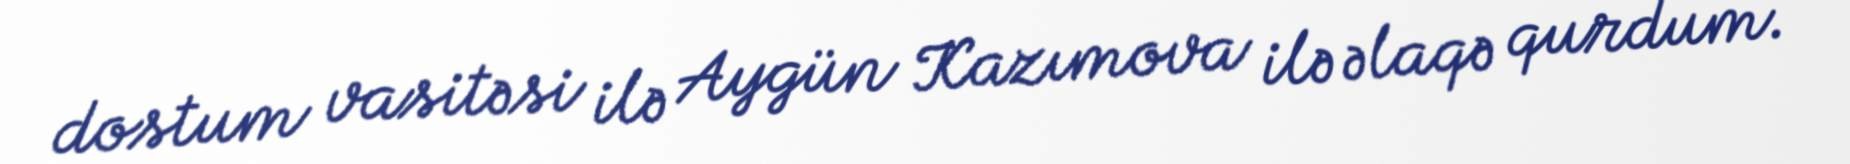
dostum vasitəsi ilə Aygün Kazımova ilə əlaqə qurdum.